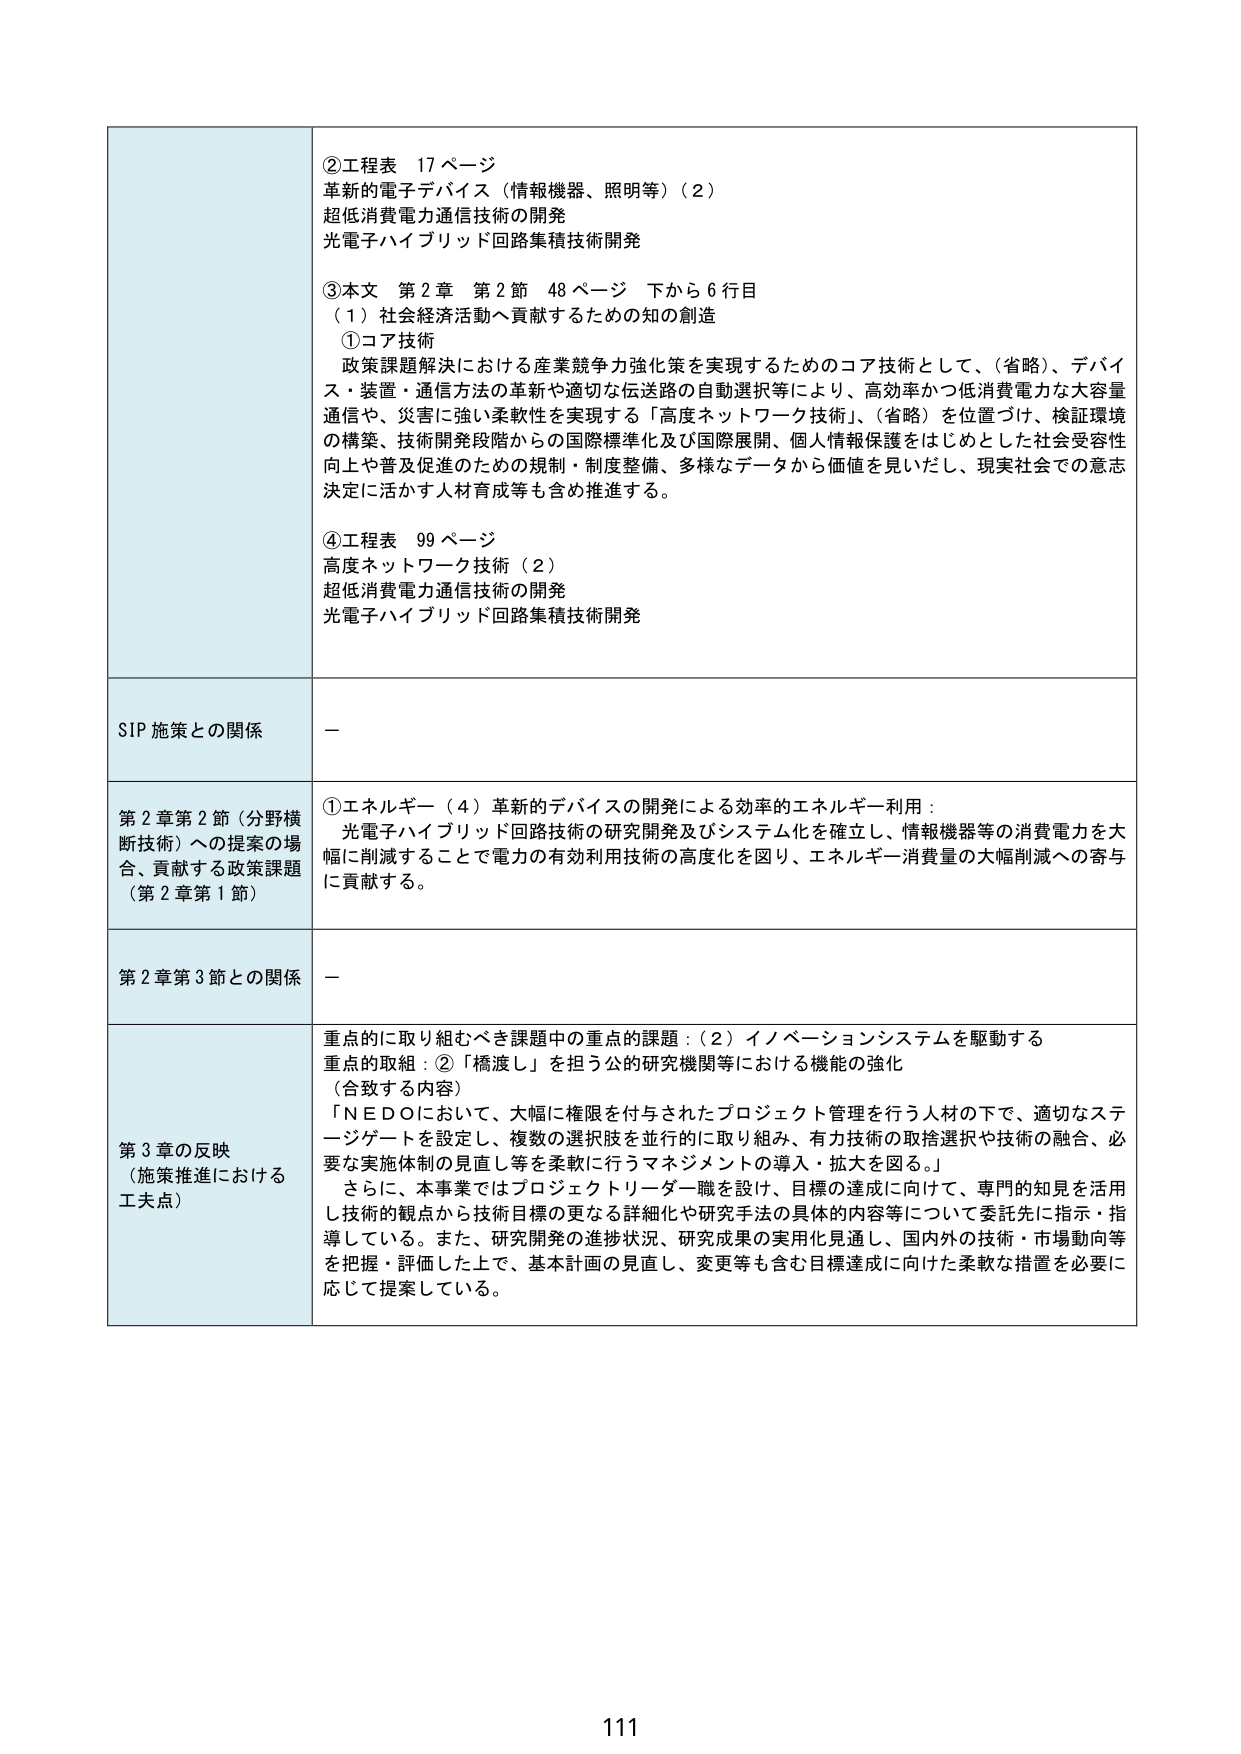
②工程表 17ページ
革新的電子デバイス（情報機器、照明等）（2）
超低消費電力通信技術の開発
光電子ハイブリッド回路集積技術開発

③本文 第2章 第2節 48ページ 下から6行目
（1）社会経済活動へ貢献するための知の創造
①コア技術
政策課題解決における産業競争力強化策を実現するためのコア技術として、（省略）、デバイス・装置・通信方法の革新や適切な伝送路の自動選択等により、高効率かつ低消費電力な大容量通信や、災害に強い柔軟性を実現する「高度ネットワーク技術」、（省略）を位置づけ、検証環境の構築、技術開発段階からの国際標準化及び国際展開、個人情報保護をはじめとした社会受容性向上や普及促進のための規制・制度整備、多様なデータから価値を見いだし、現実社会での意思決定に活かす人材育成等も含め推進する。

④工程表 99ページ
高度ネットワーク技術（2）
超低消費電力通信技術の開発
光電子ハイブリッド回路集積技術開発

SIP施策との関係
－

第2章第2節（分野横断技術）への提案の場合、貢献する政策課題（第2章第1節）
①エネルギー（4）革新的デバイスの開発による効率的エネルギー利用：
光電子ハイブリッド回路技術の研究開発及びシステム化を確立し、情報機器等の消費電力を大幅に削減することで電力の有効利用技術の高度化を図り、エネルギー消費量の大幅削減への寄与に貢献する。

第2章第3節との関係
－

第3章の反映（施策推進における工夫点）
重点的に取り組むべき課題中の重点的課題：（2）イノベーションシステムを駆動する
重点的取組：②「橋渡し」を担う公的研究機関等における機能の強化
（合致する内容）
「NEDOにおいて、大幅に権限を付与されたプロジェクト管理を行う人材の下で、適切なステージゲートを設定し、複数の選択肢を並行的に取り組み、有力技術の取捨選択や技術の融合、必要な実施体制の見直し等を柔軟に行うマネジメントの導入・拡大を図る。」
さらに、本事業ではプロジェクトリーダー職を設け、目標の達成に向けて、専門的知見を活用し技術的観点から技術目標の更なる詳細化や研究手法の具体的内容等について委託先に指示・指導している。また、研究開発の進捗状況、研究成果の実用化見通し、国内外の技術・市場動向等を把握・評価した上で、基本計画の見直し、変更等も含む目標達成に向けた柔軟な措置を必要に応じて提案している。

111